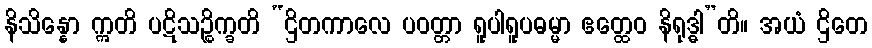
နိသိန္နော ဣတိ ပဋိသဉ္စိက္ခတိ “ဌိတကာလေ ပဝတ္တာ ရူပါရူပဓမ္မာ ဧတ္ထေဝ နိရုဒ္ဓါ”တိ။ အယံ ဌိတေ